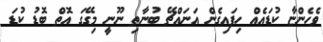
ވެހެންޏާ ކުޑައެއް ހިފައިގެން އަނައްޗޭ ބުނާތި ނޫނީ މިގޭގަ އޮތް ބޮޑު ކުޑަ